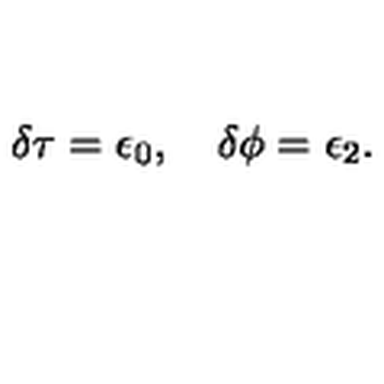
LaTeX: \delta \tau = \epsilon _ { 0 } , \quad \delta \phi = \epsilon _ { 2 } .